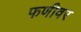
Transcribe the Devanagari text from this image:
फणीवर